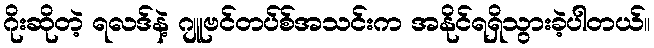
ဂိုးဆိုတဲ့ ရလဒ်နဲ့ ဂျူဗင်တပ်စ်အသင်းက အနိုင်ရရှိသွားခဲ့ပါတယ်။